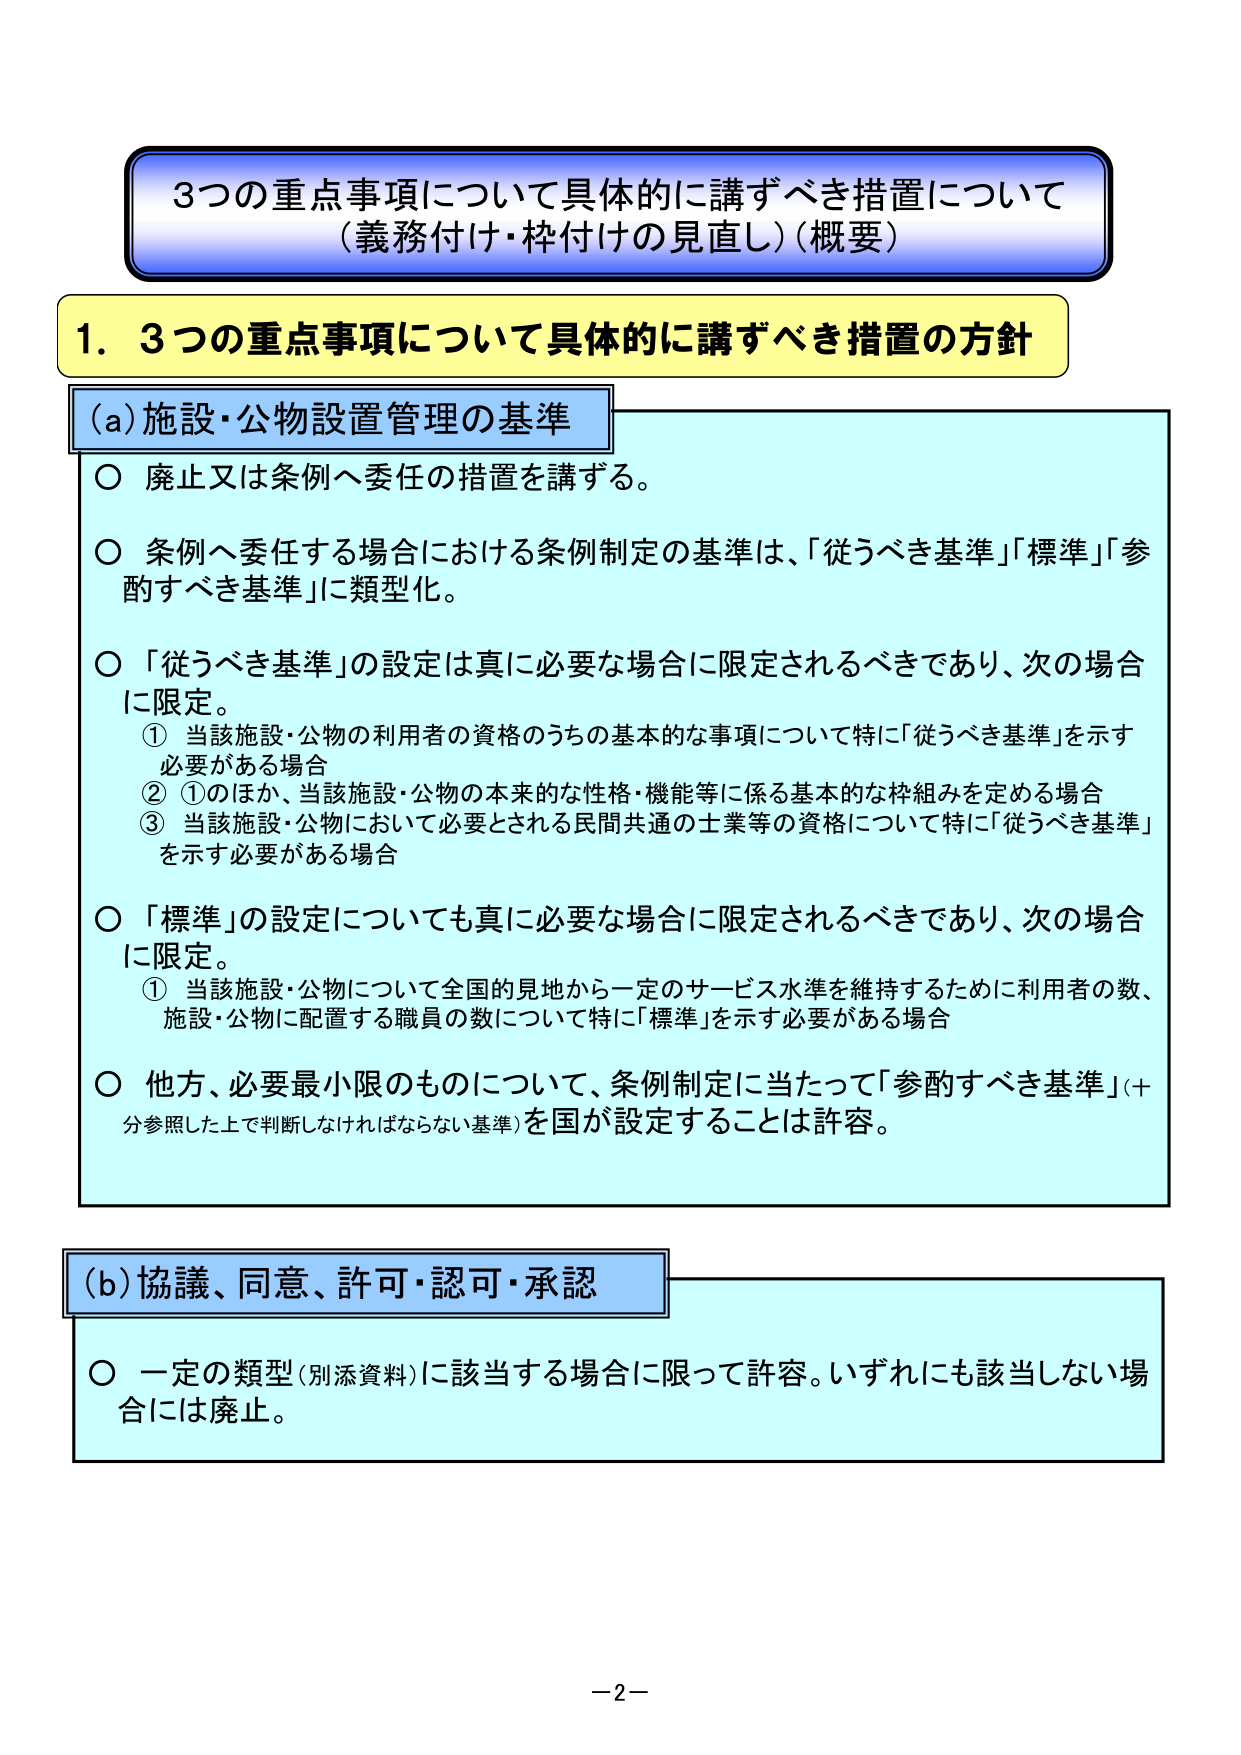
3つの重点事項について具体的に講ずべき措置について
（義務付け・枠付けの見直し）（概要）

1．3つの重点事項について具体的に講ずべき措置の方針

(a) 施設・公物設置管理の基準

○ 廃止又は条例へ委任の措置を講ずる。

○ 条例へ委任する場合における条例制定の基準は、「従うべき基準」「標準」「参酌すべき基準」に類型化。

○ 「従うべき基準」の設定は真に必要な場合に限定されるべきであり、次の場合に限定。
　① 当該施設・公物の利用者の資格のうちの基本的な事項について特に「従うべき基準」を示す必要がある場合
　② ①のほか、当該施設・公物の本来的な性格・機能等に係る基本的な枠組みを定める場合
　③ 当該施設・公物において必要とされる民間共通の士業等の資格について特に「従うべき基準」を示す必要がある場合

○ 「標準」の設定についても真に必要な場合に限定されるべきであり、次の場合に限定。
　① 当該施設・公物について全国的見地から一定のサービス水準を維持するために利用者の数、施設・公物に配置する職員の数について特に「標準」を示す必要がある場合

○ 他方、必要最小限のものについて、条例制定に当たって「参酌すべき基準」（十分参照した上で判断しなければならない基準）を国が設定することは許容。

(b) 協議、同意、許可・認可・承認

○ 一定の類型（別添資料）に該当する場合に限って許容。いずれにも該当しない場合には廃止。

－2－